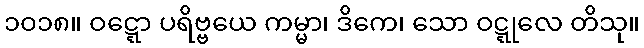
၁၀၁၈။ ဝဋ္ဋော ပရိဗ္ဗယေ ကမ္မာ၊ ဒိကေ၊ သော ဝဋ္ဋုလေ တိသု။